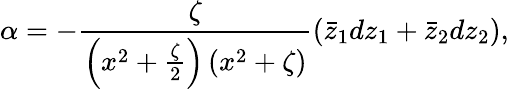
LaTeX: \alpha=-{\frac{\zeta}{\left(x^{2}+{\frac{\zeta}{2}}\right)\left(x^{2}+\zeta\right)}}(\bar{z}_{1}dz_{1}+\bar{z}_{2}dz_{2}),